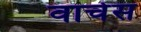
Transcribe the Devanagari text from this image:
वाचेस